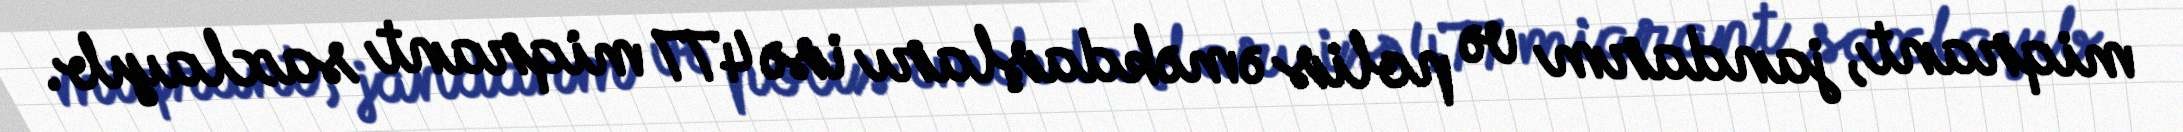
miqrant, jandarm və polis əməkdaşları isə 477 miqrant saxlayıb.